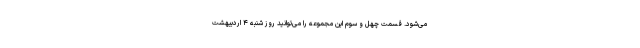
می‌شود. قسمت چهل و سوم این مجموعه را می‌توانید روز شنبه ۴ اردیبهشت